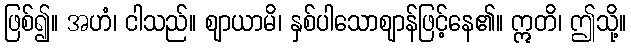
ဖြစ်၍။ အဟံ၊ ငါသည်။ ဈာယာမိ၊ နှစ်ပါသောဈာန်ဖြင့်နေ၏။ ဣတိ၊ ဤသို့။